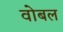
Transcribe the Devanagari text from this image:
वोबल